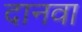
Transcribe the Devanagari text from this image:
दानवा